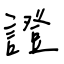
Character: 證